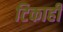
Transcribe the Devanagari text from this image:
टिकाही